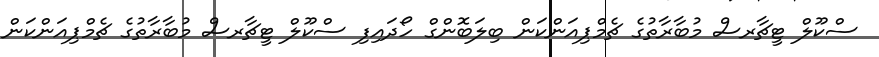
ސްކޫލް ޓީޗާރސް މުބާރާތުގެ ޗެމްޕިއަންކަން ބިލަބޮންގް ހޯދައިފި ސްކޫލް ޓީޗާރސް މުބާރާތުގެ ޗެމްޕިއަންކަން